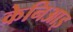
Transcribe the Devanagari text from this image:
केनिआइ